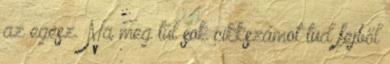
az egész. Na meg túl sok cikkszámot tud fejből